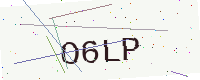
Text: O6LP